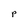
Character: p